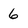
Character: 6